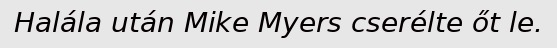
Halála után Mike Myers cserélte őt le.